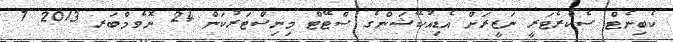
ކެބިނެޓް ސެކްރެޓަރީ ނަޒީރަށް އެޑިއުކޭޝަންގެ ސްޓޭޓް މިނިސްޓަރުކަން 24 ނޮވެމްބަރ 2013 7